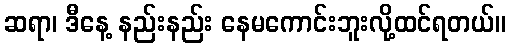
ဆရာ၊ ဒီနေ့ နည်းနည်း နေမကောင်းဘူးလို့ထင်ရတယ်။